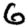
Digit: 6